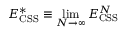
E _ { \mathrm { C S S } } ^ { * } \equiv \operatorname* { l i m } _ { N \to \infty } E _ { \mathrm { C S S } } ^ { N }